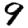
Digit: 9